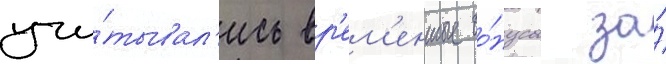
учи́тывал'ись вр'ем'енные бо́нусы за́